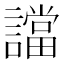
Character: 譡